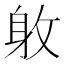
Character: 𨈡